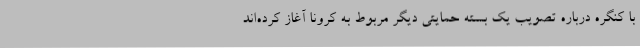
با کنگره درباره تصویب یک بسته حمایتی دیگر مربوط به کرونا آغاز کرده‌اند